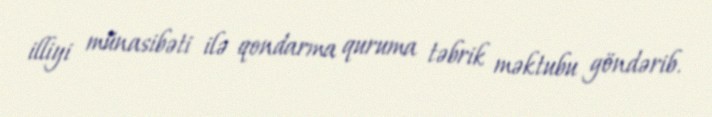
illiyi münasibəti ilə qondarma quruma təbrik məktubu göndərib.